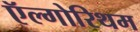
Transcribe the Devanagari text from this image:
ऍल्गोरिथम